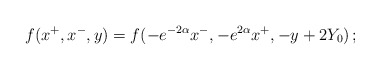
\begin{align*}f( x^+, x^-, y ) =f( - e^{ - 2 \alpha} x^-, - e^{ 2 \alpha} x^+, - y + 2 Y_0 )\,;\end{align*}